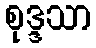
စုဒ္ဒသာ